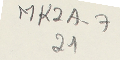
MK2A7 21